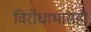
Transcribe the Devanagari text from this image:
विरोधाभासही